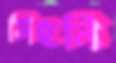
নিছনি